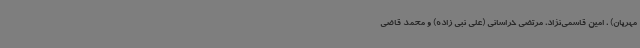
مهربان) ، امین قاسمی‌نژاد، مرتضی خراسانی (علی نبی زاده) و محمد قاضی